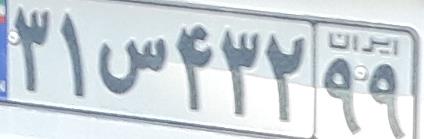
۳۱س۴۳۲۹۹